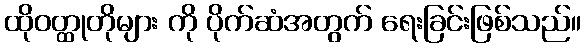
ထိုဝတ္ထုတိုများ ကို ပိုက်ဆံအတွက် ရေးခြင်းဖြစ်သည်။